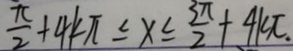
\frac { \pi } { 2 } + 4 k \pi \leq x \leq \frac { 3 \pi } { 2 } + 4 k \pi .